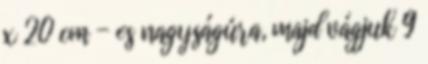
x 20 cm - es nagyságúra, majd vágjuk 9